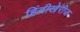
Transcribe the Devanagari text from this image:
हिंदीखेरीज